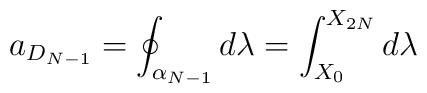
a_{D_{N-1}} = \oint_{\alpha_{N-1}} d\lambda =\int_{X_0}^{X_{2N}}  d\lambda